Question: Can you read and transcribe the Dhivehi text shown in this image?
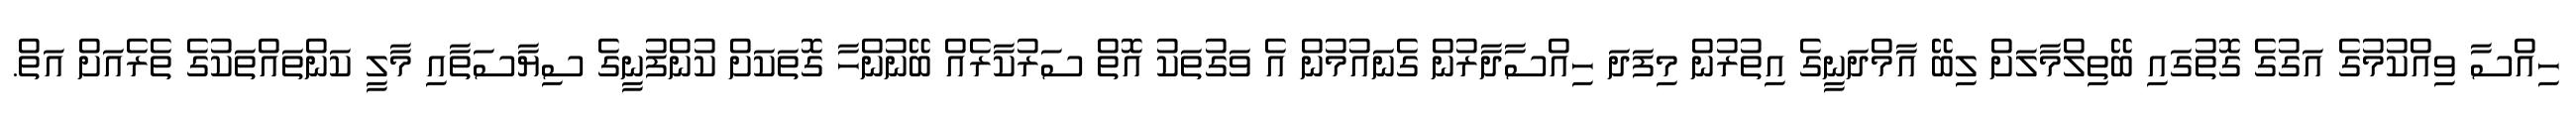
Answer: ހިއްސާ ވިއްކުމުގެ އަގުގެ ގޮތުގައި ބޭތިލްމާލަށް ލިބޭ އާމްދަނީގެ އިތުރުން މިފަދަ ހިއްސާދާރުން ގެނައުމުން އެ ވަގުތަކު އޮތް ސަރުކާރެއް ބޭނުންހާ ގޮތަކަށް ކުންފުނީގެ ސިޔާސަތާއި މާލީ ކަންތައްތަކުގެ ތެރެއަށް އަތް.